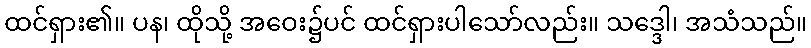
ထင်ရှား၏။ ပန၊ ထိုသို့ အဝေး၌ပင် ထင်ရှားပါသော်လည်း။ သဒ္ဒေါ၊ အသံသည်။